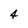
Character: 4